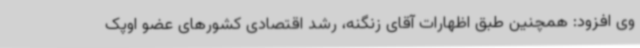
وی افزود: همچنین طبق اظهارات آقای زنگنه، رشد اقتصادی کشورهای عضو اوپک‌